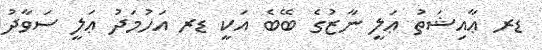
ޑރ ޢާއިޝަތު ޢަލީ ނާޒުގެ ބޭބެ އަކީ ޑރ އަހުމަދު ޢަލީ ސަވާދު